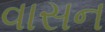
વાસન